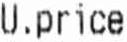
U.PRICE